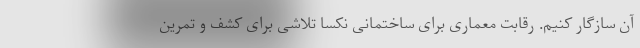
آن سازگار کنیم. رقابت معماری برای ساختمانی نکسا تلاشی برای کشف و تمرین